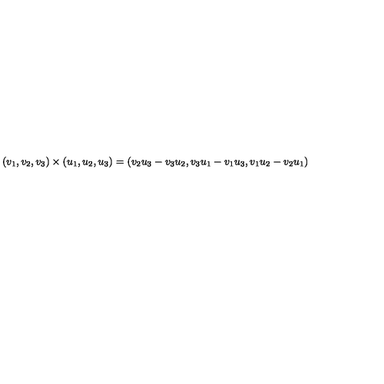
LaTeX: ( v _ { 1 } , v _ { 2 } , v _ { 3 } ) \times ( u _ { 1 } , u _ { 2 } , u _ { 3 } ) = ( v _ { 2 } u _ { 3 } - v _ { 3 } u _ { 2 } , v _ { 3 } u _ { 1 } - v _ { 1 } u _ { 3 } , v _ { 1 } u _ { 2 } - v _ { 2 } u _ { 1 } )